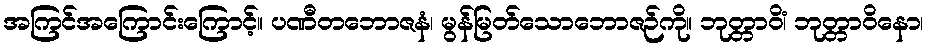
အကြင်အကြောင်းကြောင့်။ ပဏီတဘောဇနံ၊ မွန်မြတ်သောဘောဇဉ်ကို။ ဘုတ္တာဝိံ၊ ဘုတ္တာဝိနော၊